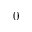
0